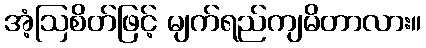
အံ့ဩစိတ်ဖြင့် မျက်ရည်ကျမိတာလား။